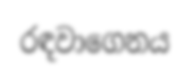
රඳවාගෙනය